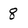
Character: 8